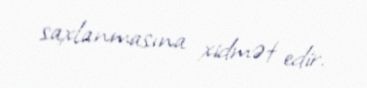
saxlanmasına xidmət edir.